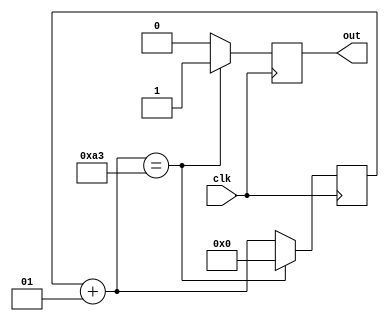
`timescale 1ns / 1ps
module BaudRateGenerator(input clk, output reg out);

	integer cuenta = 0;
	always@(posedge clk)
	begin
		out=0;
		cuenta = cuenta + 1;
		if(cuenta == 163)
		begin
			out = 1;
			cuenta = 0;
		end
	end

endmodule